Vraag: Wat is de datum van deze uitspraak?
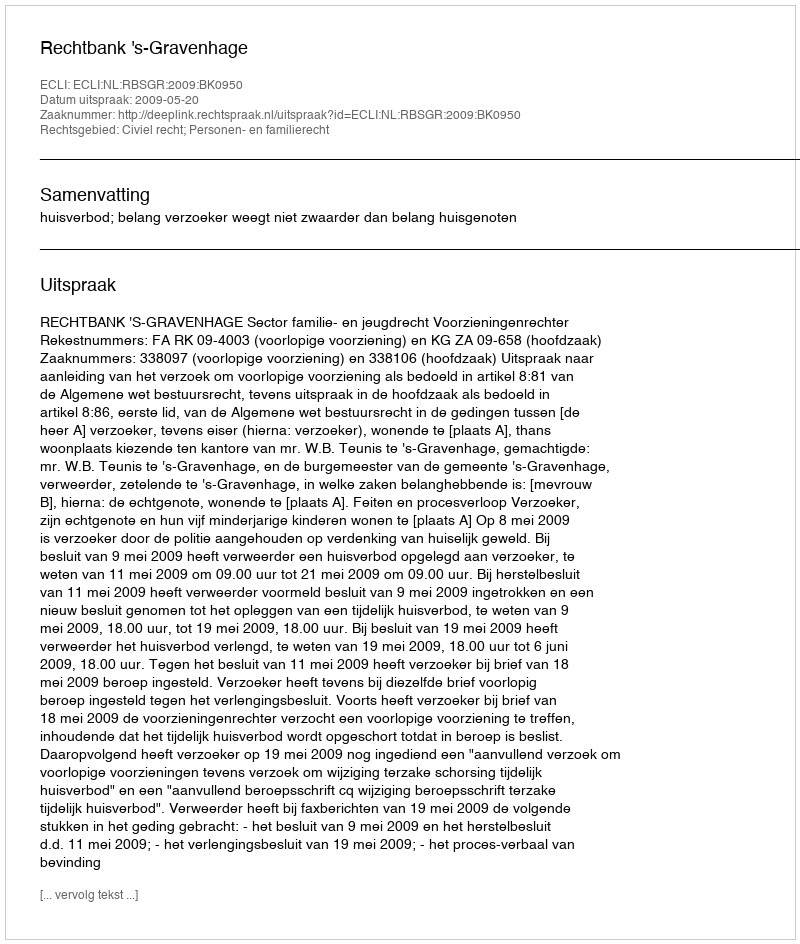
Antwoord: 2009-05-20